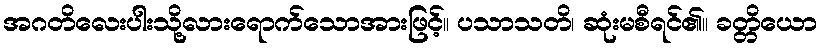
အဂတိလေးပါးသို့လားရောက်သောအားဖြင့်။ ပသာသတိ၊ ဆုံးမစီရင်၏။ ခတ္တိယော